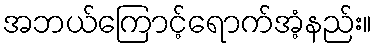
အဘယ်ကြောင့်ရောက်အံ့နည်း။